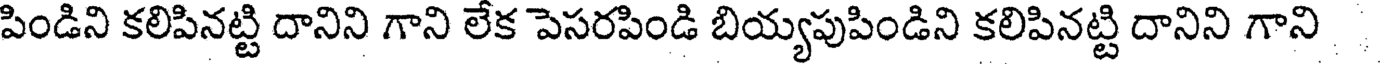
పిండిని కలిపినట్టి దానిని గాని లేక పెసరపిండి బియ్యపుపిండిని కలిపినట్టి దానిని గాని